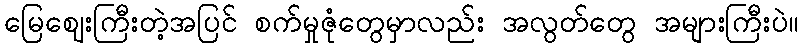
မြေဈေးကြီးတဲ့အပြင် စက်မှုဇုံတွေမှာလည်း အလွတ်တွေ အများကြီးပဲ။